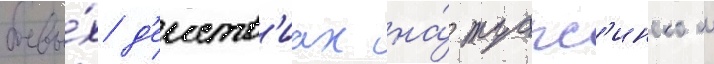
боевы́х д'еиств'иах на́ туапс'инском